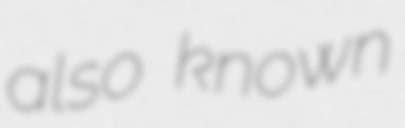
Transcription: also known